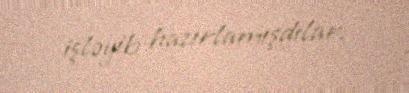
işləyib hazırlamışdılar.